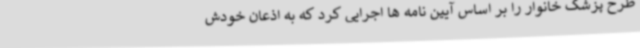
طرح پزشک خانوار را بر اساس آیین نامه ها اجرایی کرد که به اذعان خودش